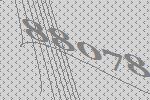
88078